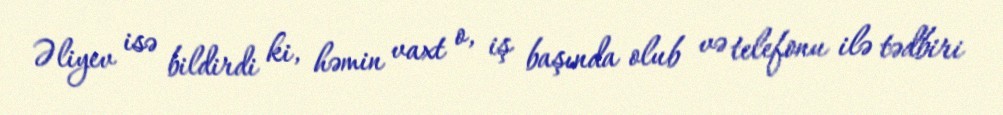
Əliyev isə bildirdi ki, həmin vaxt o, iş başında olub və telefonu ilə tədbiri